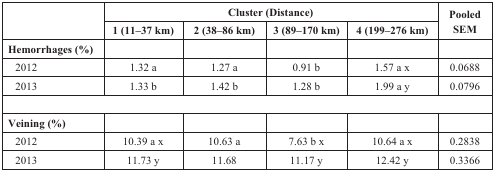
<table><thead><tr><td rowspan="2">[EMPTY_CELL]</td><td colspan="4"><b>Cluster (Distance)</b></td><td rowspan="2"><b>Pooled SEM</b></td></tr><tr><td><b>1 (11–37 km)</b></td><td><b>2 (38–86 km)</b></td><td><b>3 (89–170 km)</b></td><td><b>4 (199–276 km)</b></td></tr></thead><tbody><tr><td><b>Hemorrhages (%)</b></td><td>[EMPTY_CELL]</td><td>[EMPTY_CELL]</td><td>[EMPTY_CELL]</td><td>[EMPTY_CELL]</td><td>[EMPTY_CELL]</td></tr><tr><td> 2012</td><td>1.32 a</td><td>1.27 a</td><td>0.91 b</td><td>1.57 a x</td><td>0.0688</td></tr><tr><td> 2013</td><td>1.33 b</td><td>1.42 b</td><td>1.28 b</td><td>1.99 a y</td><td>0.0796</td></tr><tr><td><b>Veining (%)</b></td><td>[EMPTY_CELL]</td><td>[EMPTY_CELL]</td><td>[EMPTY_CELL]</td><td>[EMPTY_CELL]</td><td>[EMPTY_CELL]</td></tr><tr><td> 2012</td><td>10.39 a x</td><td>10.63 a</td><td>7.63 b x</td><td>10.64 a x</td><td>0.2838</td></tr><tr><td> 2013</td><td>11.73 y</td><td>11.68 </td><td>11.17 y</td><td>12.42 y</td><td>0.3366</td></tr></tbody></table>